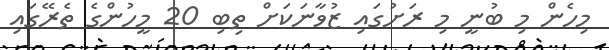
މިހެން މި ބުނީ މި ރަށުގައި ޒުވާނަކަށް ތިބި 20 މީހުންގެ ތެރޭގައި